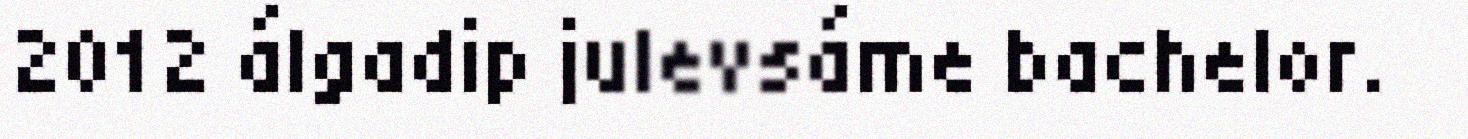
2012 álgadip julevsáme bachelor.